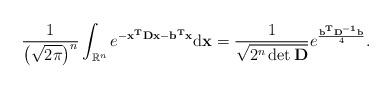
LaTeX: \begin{align*}\frac{1}{\left(\sqrt{2\pi}\right)^n}\int_{\mathbb{R}^n}e^{-\mathbf{x^TDx}-\mathbf{b^Tx}}\mathrm{d}\mathbf{x}=\frac{1}{\sqrt{2^n\det \mathbf{D}}}e^{\frac{\mathbf{b^TD^{-1}b}}{4}}.\end{align*}